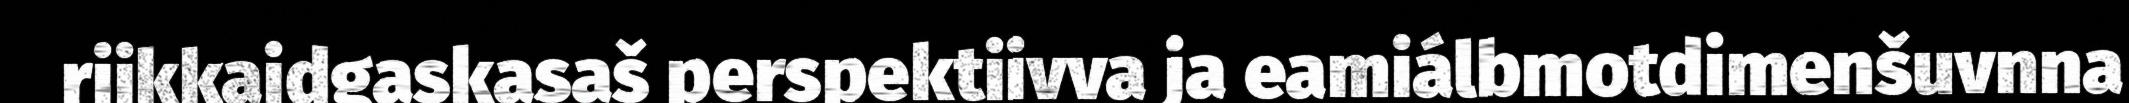
riikkaidgaskasaš perspektiivva ja eamiálbmotdimenšuvnna